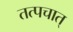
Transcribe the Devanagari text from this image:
तत्पचात्